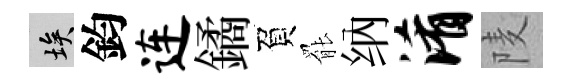
埃鈞连鐍負罷纳淆𨹧